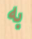
به